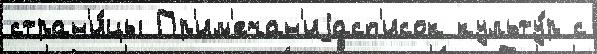
стран'и́цы Пр'им'ечан'иjасп'исок культу́р с